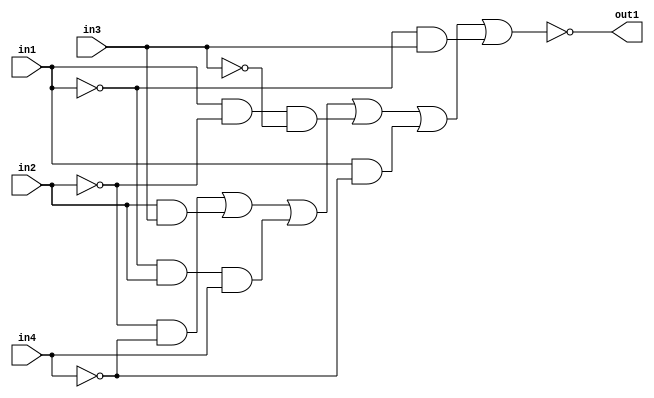
module a (input in1, input in2, input in3, input in4, output out1);


wire  w1,  w2,  w3, w4, w5,  w6; //store all 6 terms to then OR them
wire w11; //not for output

and and1 ( w1,  ~in2,  ~in4);
and and2 ( w2,  in2,  in3);
and and3 ( w3, ~in1,  in2, in4);
and and4 ( w4, in1,  ~in2, ~in3);
and and5 ( w5,  in1,  ~in4);
and and6 ( w6,  ~in1,  in3);

nor or1 (out1, w1,  w2,  w3, w4, w5,  w6);

//not not1 (out1, w11); 


endmodule